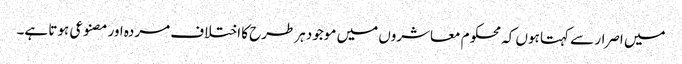
میں اصرار سے کہتا ہوں کہ محکوم معاشروں میں موجود ہرطرح کا اختلاف مردہ اور مصنوعی ہوتا ہے۔